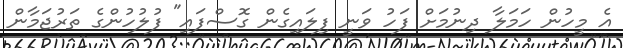
އެ މީހުން ހަމަލާ ދިނުމަށް ފަހު ވަނީ ފިލައިގެން ގޮސްފައި" ފުލުހުންގެ ތަރުޖަމާން